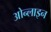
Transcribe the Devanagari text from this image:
ओन्लाइन